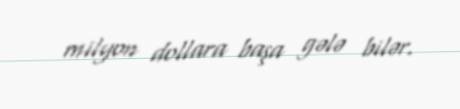
milyon dollara başa gələ bilər.